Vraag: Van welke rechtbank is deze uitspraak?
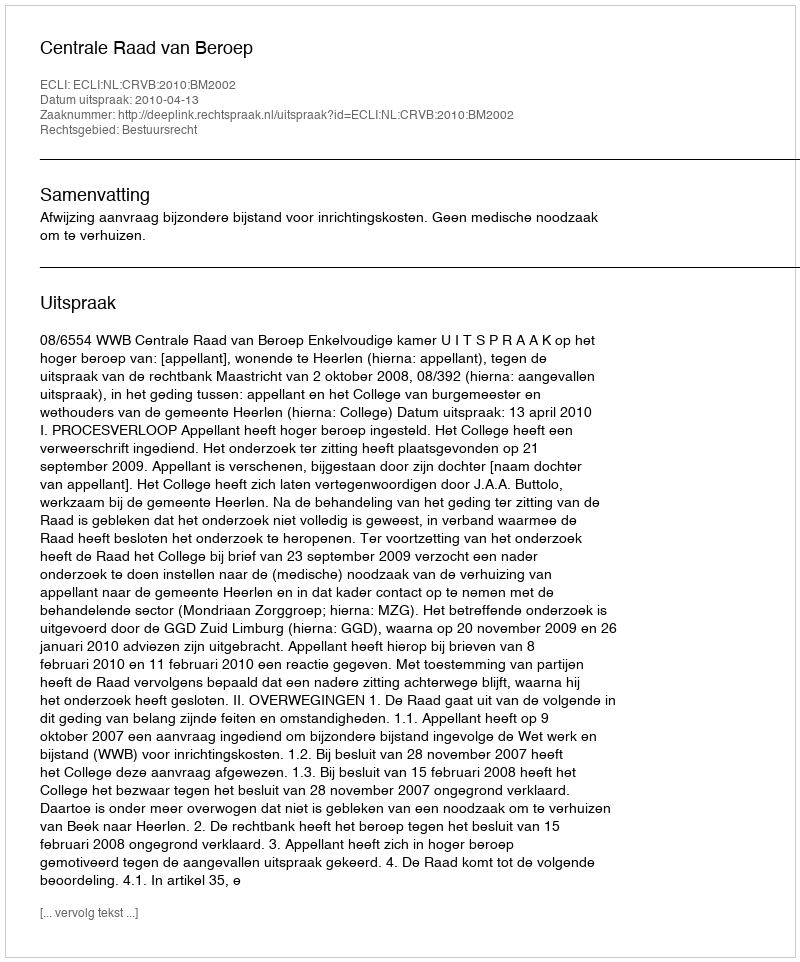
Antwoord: Centrale Raad van Beroep